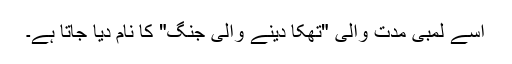
اسے لمبی مدت والی "تھکا دینے والی جنگ" کا نام دیا جاتا ہے۔